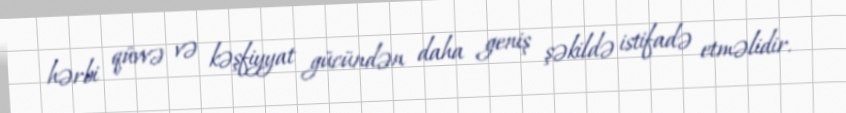
hərbi qüvvə və kəşfiyyat gücündən daha geniş şəkildə istifadə etməlidir.